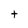
Character: t